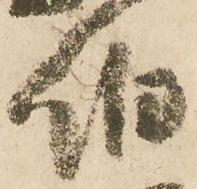
伯